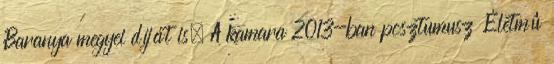
Baranya megyei díját is. A kamara 2013-ban posztumusz Életmû